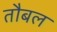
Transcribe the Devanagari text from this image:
तौबल